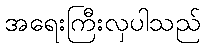
အရေးကြီးလှပါသည်